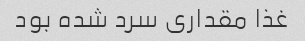
غذا مقداری سرد شده بود